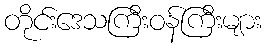
တိုင်းဒေသကြီးဝန်ကြီးများ